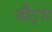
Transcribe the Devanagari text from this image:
बौट्स